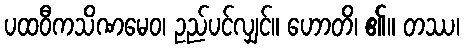
ပထဝီကသိဏမေဝ၊ ဥည်ပင်လျှင်။ ဟောတိ၊ ၏။ တဿ၊